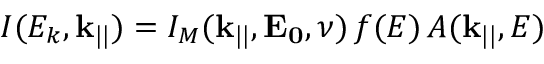
I ( E _ { k } , \mathbf { k _ { | | } } ) = I _ { M } ( \mathbf { k _ { | | } } , \mathbf { E _ { 0 } } , \nu ) \, f ( E ) \, A ( \mathbf { k _ { | | } } , E )